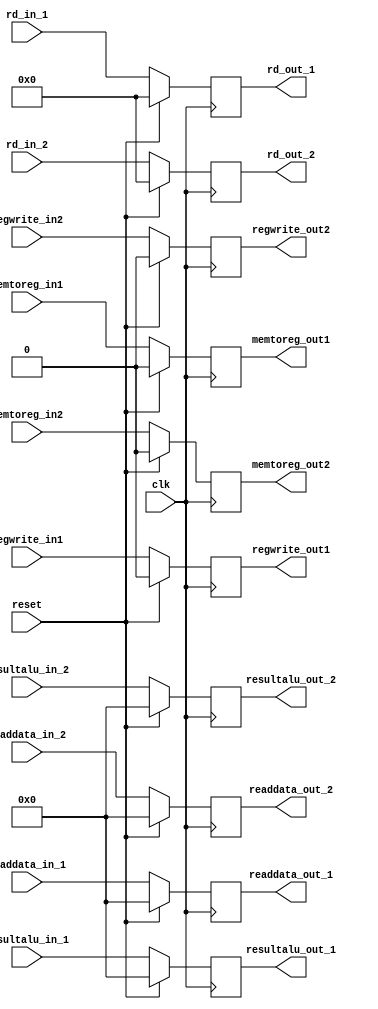
module MEM_WB(input clk,reset,
              input [7:0] readdata_in_1, resultalu_in_1,
              input [4:0] rd_in_1,
              input memtoreg_in1, regwrite_in1, // first control signal: fetches data either from memory or alu; second: for writing result back to register file
              output reg [7:0] readdata_out_1, //data from memory to be written
              output reg [7:0] resultalu_out_1, //data from alu
              output reg [4:0] rd_out_1,
              output reg memtoreg_out1, regwrite_out1,
              input [7:0] readdata_in_2, resultalu_in_2,
              input [4:0] rd_in_2,
              input memtoreg_in2, regwrite_in2, // first control signal: fetches data either from memory or alu; second: for writing result back to register file
              output reg [7:0] readdata_out_2, //data from memory to be written
              output reg [7:0] resultalu_out_2, //data from alu
              output reg [4:0] rd_out_2,
              output reg memtoreg_out2, regwrite_out2);
             
  always @(posedge clk)
    begin
      if (reset == 1'b1)
        begin
          readdata_out_1 = 8'b0;
          resultalu_out_1 = 8'b0;
          rd_out_1 = 5'b0;
          memtoreg_out1 = 1'b0;
          regwrite_out1 = 1'b0;
            readdata_out_2 = 8'b0;
          resultalu_out_2 = 8'b0;
          rd_out_2 = 5'b0;
          memtoreg_out2 = 1'b0;
          regwrite_out2 = 1'b0;
          
        end
      else
        begin
          readdata_out_1 <= readdata_in_1;
          resultalu_out_1 <= resultalu_in_1;
          rd_out_1 <= rd_in_1;
          memtoreg_out1 <= memtoreg_in1;
          regwrite_out1 <= regwrite_in1;
           readdata_out_2 <= readdata_in_2;
          resultalu_out_2 <= resultalu_in_2;
          rd_out_2 <= rd_in_2;
          memtoreg_out2 <= memtoreg_in2;
          regwrite_out2 <= regwrite_in2;
        end
    end
endmodule